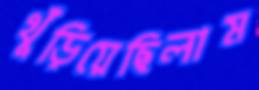
খুঁড়িয়েছিলাম